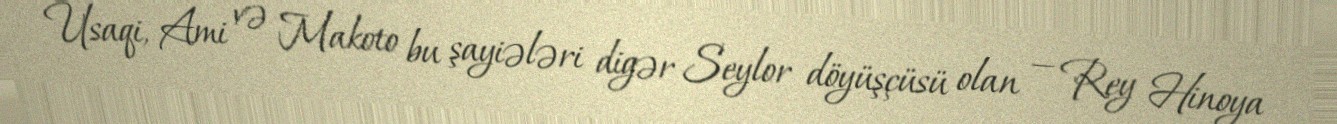
Usaqi, Ami və Makoto bu şayiələri digər Seylor döyüşçüsü olan — Rey Hinoya